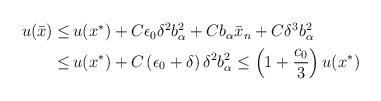
LaTeX: \begin{align*}\begin{aligned}u (\bar{x}) \leq \,& u (x^*) +C\epsilon_0\delta^2b_{\alpha}^2+ Cb_{\alpha}\bar{x}_n + C \delta^3 b_\alpha^2\\\leq \,& u (x^*) + C \left(\epsilon_0 + \delta\right) \delta^2 b_\alpha^2 \leq \left(1+\frac{c_0}{3}\right) u (x^*)\end{aligned}\end{align*}